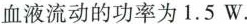
血液流动的功率为1.5W.